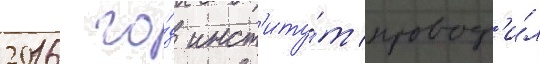
2016 го́д инст'иту́т провод'и́л